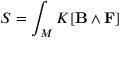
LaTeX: S = \int _ { M } K [ \mathbf { B } \wedge \mathbf { F } ]